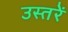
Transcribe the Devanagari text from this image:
उस्तरें